Annual administration and progress report of the Indian Medical Department, Bombay
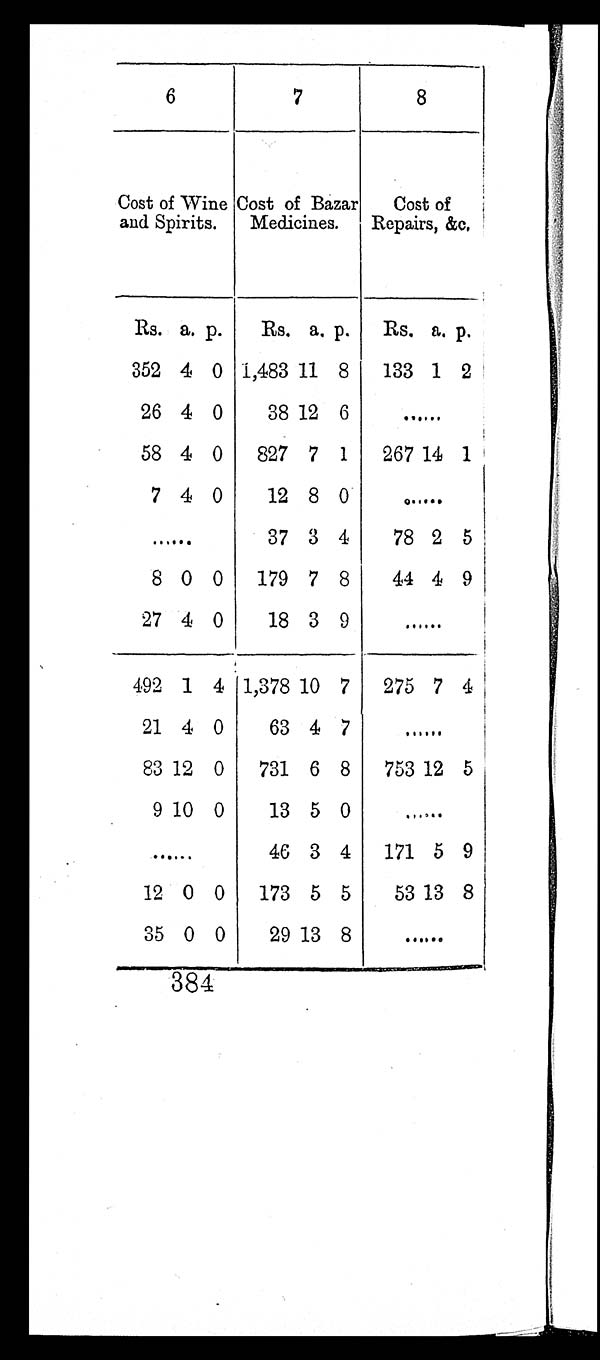
6
7
8
Cost of Wine
and Spirits.
Cost of Bazar
Medicines.
Cost of
Repairs, &c.
Rs. a. p.
Rs. a. p.
Rs. a. p.
352 4 0 1,483 11 8
133
1 2
26 4 0
38 12 6
. . .
58 4 0
827 7 1
267 14 1
7 4 0
12 8 0
. . .
. . .
37 3 4
78 2 5
8 0 0
179 7 8
44 4 9
27 4 0
18 3 9
. . .
492 1 4 1,378 10 7
275 7 4
21 4 0
63 4 7
. . .
83 12 0
731 6 8
753 12 5
9 10 0
13 5 0
. . .
. . .
46 3 4
171 5 9
12 0 0
173 5 5
53 13 8
35 0 0
29 13 8
. . .
384